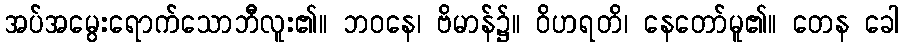
အပ်အမွေးရောက်သောဘိီလူး၏။ ဘဝနေ၊ ဗိမာန်၌။ ဝိဟရတိ၊ နေတော်မူ၏။ တေန ခေါ